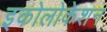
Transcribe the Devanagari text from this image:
इकोलोकेशन